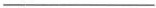
___